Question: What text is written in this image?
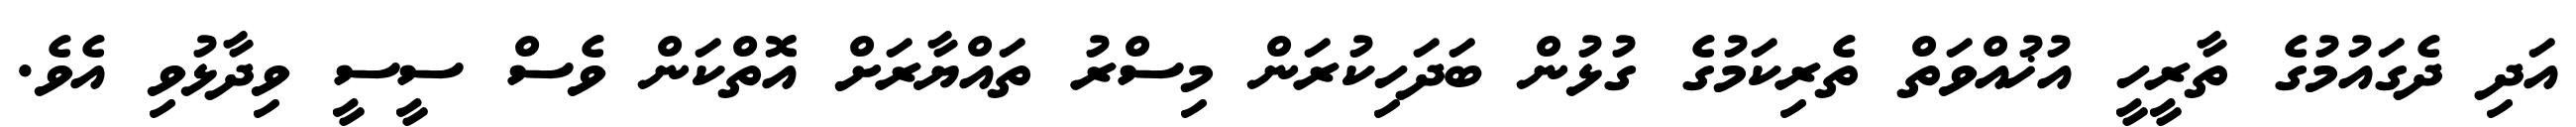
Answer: އަދި ދެގައުމުގެ ތާރީހީ އުޚުއްވަތް ތެރިކަމުގެ ގުޅުން ބަދަހިކުރަން މިސްރު ތައްޔާރަށް އޮތްކަން ވެސް ސީސީ ވިދާޅުވި އެވެ.